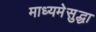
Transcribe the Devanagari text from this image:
माध्यमेसुद्धा